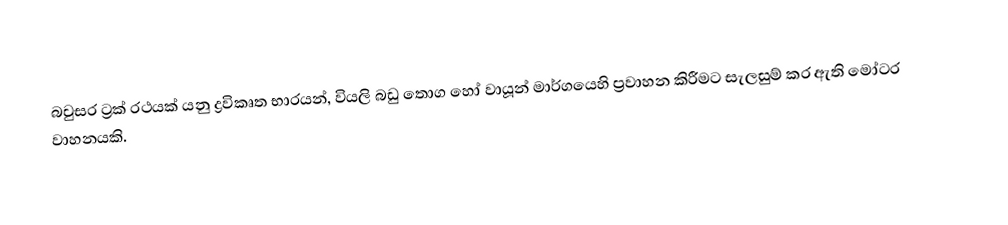
බවුසර ට්‍රක් රථයක් යනු  ද්‍රවිකෘත භාරයන්, වියලි බඩු තොග හෝ වායූන් මාර්ගයෙහි ප්‍රවාහන කිරීමට සැලසුම් කර ඇති  මෝටර වාහනයකි.